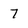
Character: 7